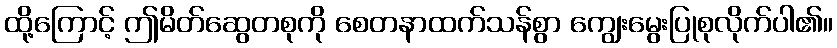
ထို့ကြောင့် ဤမိတ်ဆွေတစုကို စေတနာထက်သန်စွာ ကျွေးမွေးပြုစုလိုက်ပါ၏။